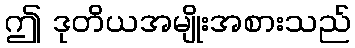
ဤ ဒုတိယအမျိုးအစားသည်